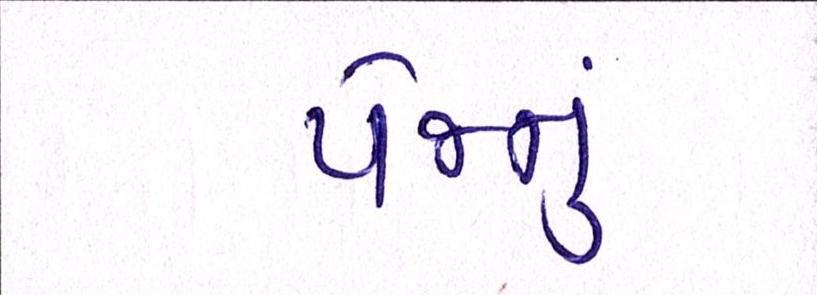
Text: પેજનું